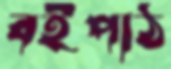
বইপাঠ